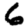
Digit: 6